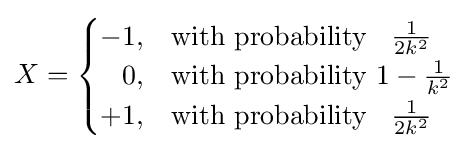
X={\begin{cases}-1,&{\text{with probability }}\;\;{\frac {1}{2k^{2}}}\\{\phantom {-}}0,&{\text{with probability }}1-{\frac {1}{k^{2}}}\\+1,&{\text{with probability }}\;\;{\frac {1}{2k^{2}}}\end{cases}}